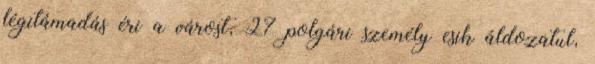
légitámadás éri a várost, 27 polgári személy esik áldozatul,